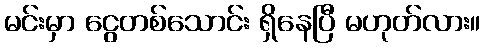
မင်းမှာ ငွေတစ်သောင်း ရှိနေပြီ မဟုတ်လား။